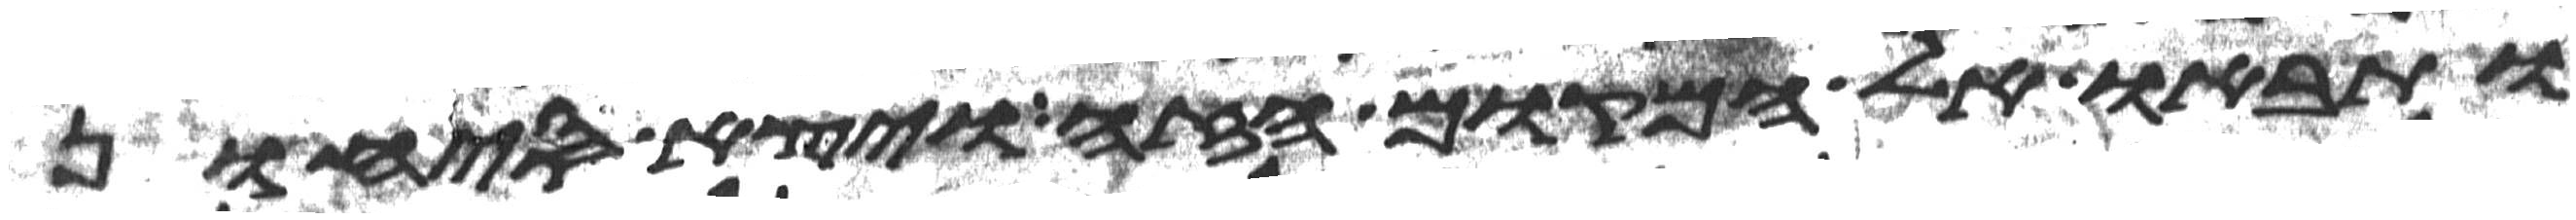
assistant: ותבאו אל המקום הזה ויצא סיחון